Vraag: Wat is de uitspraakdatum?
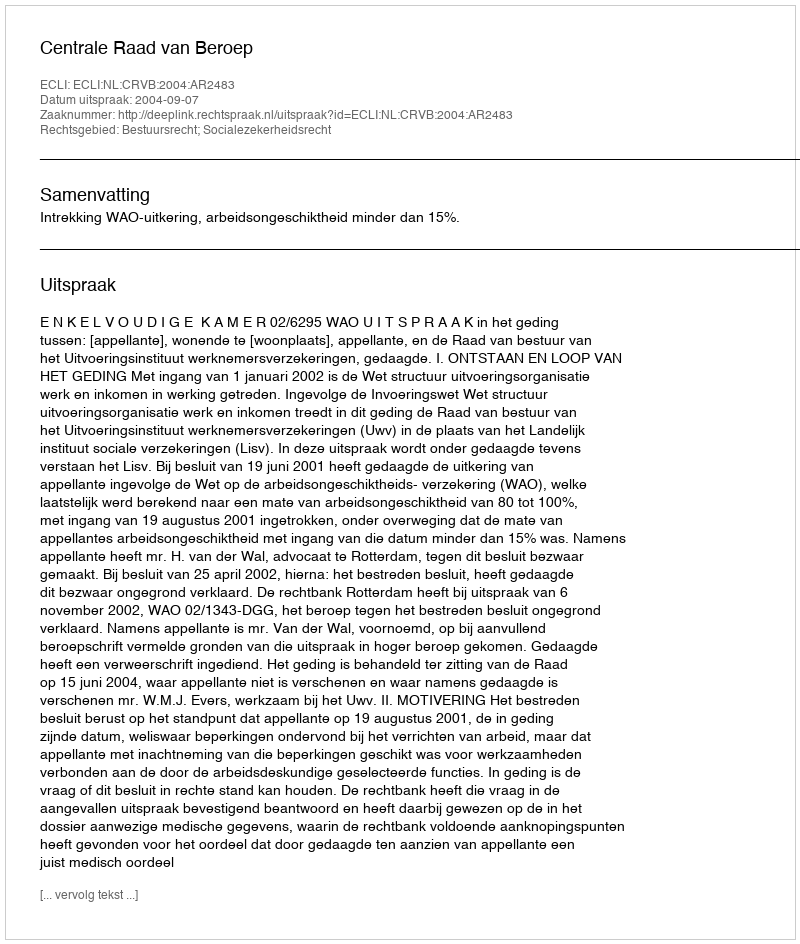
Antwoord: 2004-09-07